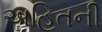
અહિતની